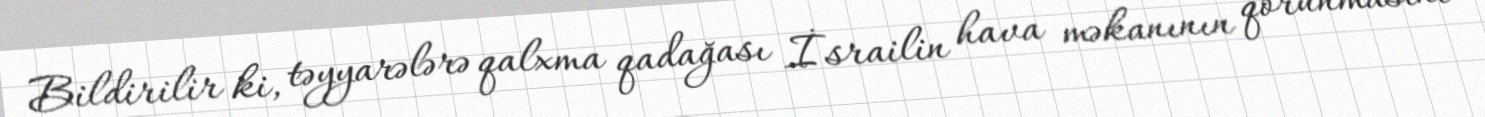
Bildirilir ki, təyyarələrə qalxma qadağası İsrailin hava məkanının qorunmasını